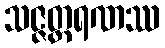
သဇ္ဇတ္ထရဏဿ